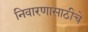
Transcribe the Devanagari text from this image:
निवारणासाठीचे